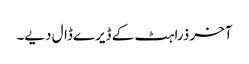
آخر ذرا ہٹ کے ڈیرے ڈال دیے۔